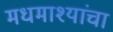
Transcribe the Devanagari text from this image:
मधमाश्यांंचा